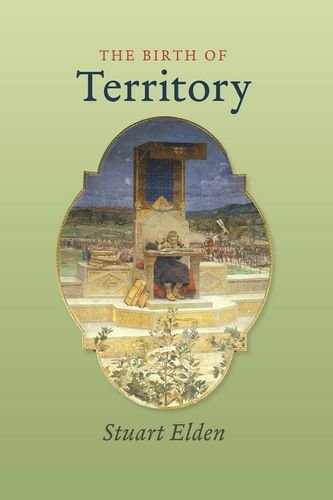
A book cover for The Birth of Territory; Stuart Elden; Science & Math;